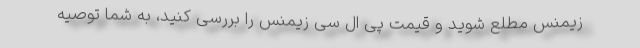
زیمنس مطلع شوید و قیمت پی ال سی زیمنس را بررسی کنید، به شما توصیه